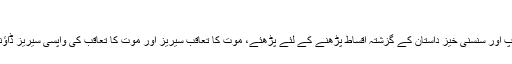
شکریہ
اس دلچسپ اور سنسنی خیز داستان کے گزشتہ اقساط پڑھنے کے لئے پڑھئے، موت کا تعاقب سیریز اور موت کا تعاقب کی واپسی سیریز ڈاؤنلوڈکریں۔